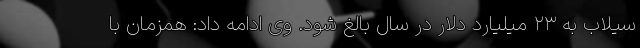
سیلاب به ۲۳ میلیارد دلار در سال بالغ شود. وی ادامه داد: همزمان با